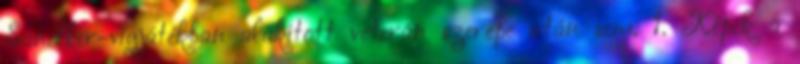
Sandler-vígjátékban alakított veterán szerepe után sem. 1. Képek a